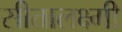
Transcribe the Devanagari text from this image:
सीतालक्ष्मी